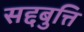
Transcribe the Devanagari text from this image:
सद्दबुत्ति